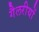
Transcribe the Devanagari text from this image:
गैलरीयों